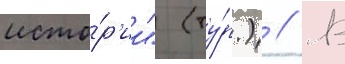
исто́р'ии" (ту́р.) // В